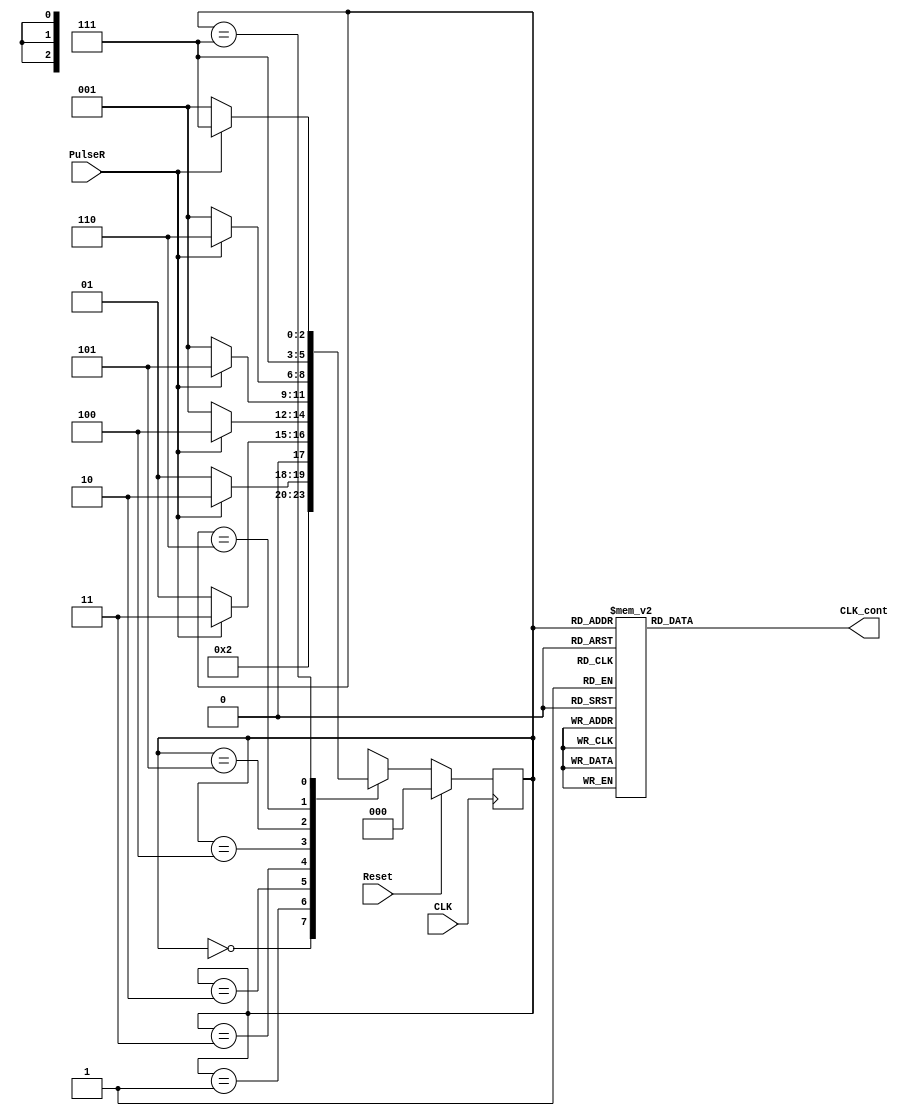
`timescale 1ns / 1ps
//////////////////////////////////////////////////////////////////////////////////
// Company: 
// Engineer: 
// 
// Design Name: 
// Module Name: FSM_Detector_4_Arriba
// Project Name: 
// Target Devices: 
// Tool Versions: 
// Description: 
// 
// Dependencies: 
// 
// Revision:
// Revision 0.01 - File Created
// Additional Comments:
// 
//////////////////////////////////////////////////////////////////////////////////


module FSM_Detector_4_Arriba(CLK, Reset, PulseR, CLK_cont
    );
    input CLK, Reset, PulseR;
    output reg CLK_cont;
    
    reg [2:0] State = 0;
    reg [2:0] NextState = 0; 
    
    parameter S0=3'd0, S1=3'd1, S2=3'd2, S3=3'd3, S4=3'd4, S5=3'd5, S6=3'd6, S7=3'd7;
    
    //Registro de estado de memoria 
    always @(posedge CLK)
        begin
            if (Reset)
                State<=S0;
            else
                State<=NextState;
        end
    
    //Logica Combinacional de estado siguiente 
    always @*
        begin 
            case (State)
                S0: begin
                    if (PulseR) NextState <= S1;
                    else NextState <= S1;
                end
                S1: begin
                    if (PulseR) NextState <= S2;
                    else NextState <= S1;
                end
                S2: begin
                    if (PulseR) NextState <= S3;
                    else NextState <= S1;
                end
                S3: begin
                    if (PulseR) NextState <= S4;
                    else NextState <= S1;
                end 
                S4: begin
                    if (PulseR) NextState <= S5;
                    else NextState <= S1;
                end 
                S5: begin
                    if (PulseR) NextState <= S6;
                    else NextState <= S1;
                end 
                S6: begin
                    if (PulseR) NextState <= S7;
                    else NextState <= S7;
                end
                S7: begin
                    if (PulseR) NextState <= S7;
                    else NextState <= S1;
                end
                default: begin
                    NextState <= S1;
                end
            endcase
        end                
    
    //Logica combinacional de salida 
    always @*
        begin
            case (State)
                S0: begin
                    CLK_cont <= 1'b1;
                end
                S1: begin
                    CLK_cont <= 1'b0;
                end
                S2: begin
                    CLK_cont <= 1'b0;
                end
                S3: begin
                    CLK_cont <= 1'b0;
                end
                S4: begin
                    CLK_cont <= 1'b0;
                end
                S5: begin
                    CLK_cont <= 1'b0;
                end
                S6: begin
                    CLK_cont <= 1'b1;
                end
                S7: begin
                    CLK_cont <= 1'b0;
                end
            endcase
        end
endmodule